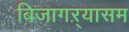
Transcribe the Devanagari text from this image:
बिजागऱ्यासम